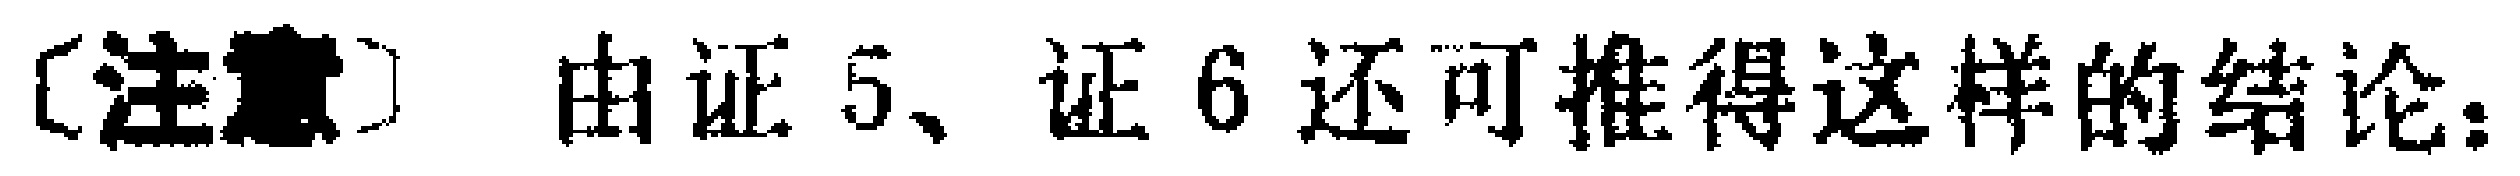
〔注意〕 由证 5、证 6 还可推得这样的结论：